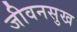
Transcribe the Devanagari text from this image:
जीवनसुख